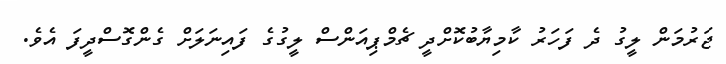
ޖަރުމަން ލީގު ދެ ފަހަރު ކާމިޔާބުކޮށްދީ ޗެމްޕިއަންސް ލީގުގެ ފައިނަލަށް ގެންގޮސްދީފަ އެވެ.